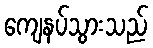
ကျေနပ်သွားသည်